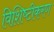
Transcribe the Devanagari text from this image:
विशिष्‍टीकरण